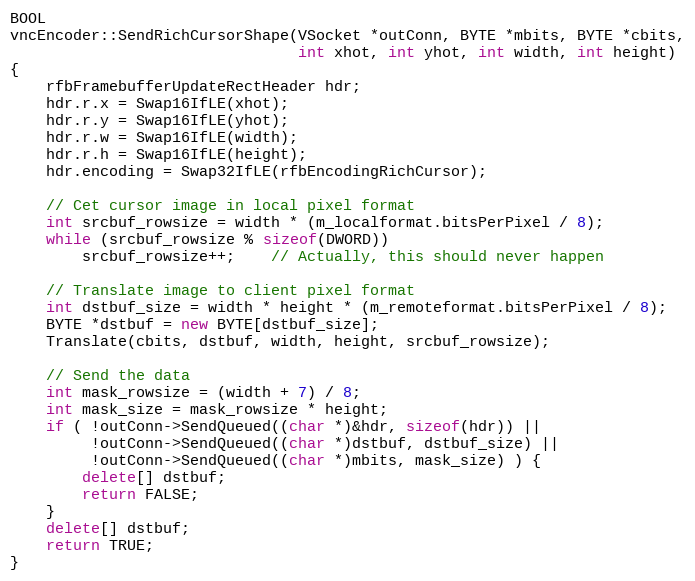
Language: C++
BOOL
vncEncoder::SendRichCursorShape(VSocket *outConn, BYTE *mbits, BYTE *cbits,
								int xhot, int yhot, int width, int height)
{
	rfbFramebufferUpdateRectHeader hdr;
	hdr.r.x = Swap16IfLE(xhot);
	hdr.r.y = Swap16IfLE(yhot);
	hdr.r.w = Swap16IfLE(width);
	hdr.r.h = Swap16IfLE(height);
	hdr.encoding = Swap32IfLE(rfbEncodingRichCursor);

	// Cet cursor image in local pixel format
	int srcbuf_rowsize = width * (m_localformat.bitsPerPixel / 8);
	while (srcbuf_rowsize % sizeof(DWORD))
		srcbuf_rowsize++;	// Actually, this should never happen

	// Translate image to client pixel format
	int dstbuf_size = width * height * (m_remoteformat.bitsPerPixel / 8);
	BYTE *dstbuf = new BYTE[dstbuf_size];
	Translate(cbits, dstbuf, width, height, srcbuf_rowsize);

	// Send the data
	int mask_rowsize = (width + 7) / 8;
	int mask_size = mask_rowsize * height;
	if ( !outConn->SendQueued((char *)&hdr, sizeof(hdr)) ||
		 !outConn->SendQueued((char *)dstbuf, dstbuf_size) ||
		 !outConn->SendQueued((char *)mbits, mask_size) ) {
		delete[] dstbuf;
		return FALSE;
	}
	delete[] dstbuf;
	return TRUE;
}